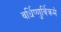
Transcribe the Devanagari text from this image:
वर्धिष्णुर्विक्रमे